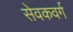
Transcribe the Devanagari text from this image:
सेवकवर्ग